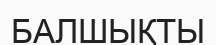
БАЛШЫҚТЫ